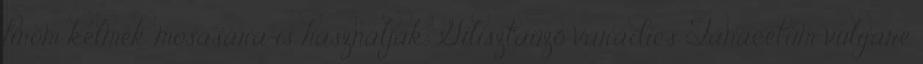
finom kelmék mosására is használják. Gilisztaűző varádics Tanacetum vulgare